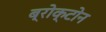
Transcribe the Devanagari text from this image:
ब्रोक्टोन